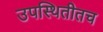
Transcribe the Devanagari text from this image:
उपस्थितीतच